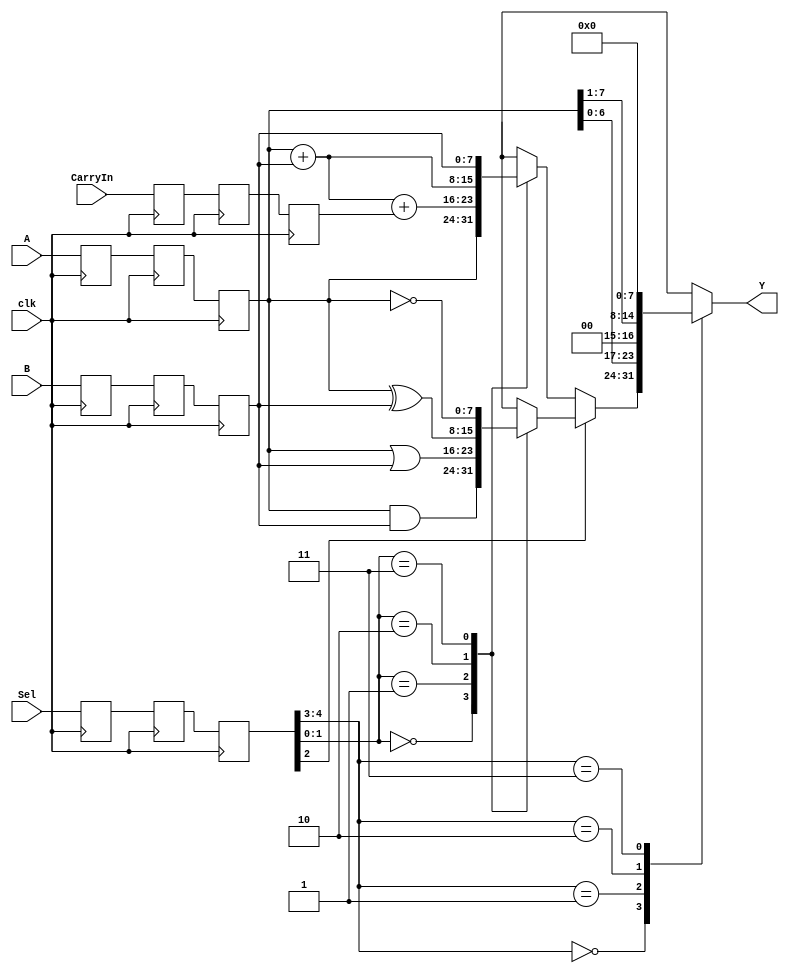
`timescale 1ns / 100ps
module alu #(
//**************************************************************
 //			parameter for selection of airthmatic operations
 //*************************************************************

		parameter 			TransferA		=	2'b00,		
		parameter 			AddC			=	2'b01,
		parameter 			Add				=	2'b10,
		parameter 			TransferB		=	2'b11,
		
//**************************************************************
 //			parameter for selection of logical operations
 //*************************************************************
 
		parameter 			And				=	2'b00,		
		parameter 			Or				=	2'b01,
		parameter 			Xor				=	2'b10,
		parameter 			ComplementA		=	2'b11,

//**************************************************************
 //			parameter for selection of shift operations
 //*************************************************************		
		
	//	parameter 			TransferA		=	2'b00,		
		parameter 			ShiftLeftA		=	2'b01,
		parameter 			ShiftRightA		=	2'b10,
		parameter 			Transfer0s		=	2'b11


)(
 
 //*************************************************************
 //				intereference input and output
 //*************************************************************
		
		input			[7:0]		A,							//input A
		input      		[7:0]		B,							//input B
		input      		[4:0]		Sel,						//sel input for selection of operation
		input      					clk,						//clock input for alu
		input      					CarryIn,					//carry input
		output   reg	[7:0]		Y							//output Y of alu
);



 //*************************************************************
 //				regiter declaration for synchronization
 //*************************************************************
 
		reg				[7:0]		Asynch1,Asynch2,Asynch3;
		reg				[7:0]		Bsynch1,Bsynch2,Bsynch3;
		reg							CarryInsynch1,CarryInsynch2,CarryInsynch3;
		reg				[4:0]		Selsynch1,Selsynch2,Selsynch3;
		
 
 
 
 
  //*************************************************************
 //				synchronizer 
 //*************************************************************

always @(posedge clk) begin

					Asynch1	<=	A;
					Asynch2	<=	Asynch1;
					Asynch3	<=	Asynch2;
					
					Bsynch1	<=	B;
					Bsynch2	<=	Bsynch1;
					Bsynch3	<=	Bsynch2;
					
					Selsynch1	<=	Sel;
					Selsynch2	<=	Selsynch1;
					Selsynch3	<=	Selsynch2;
					
					CarryInsynch1	<=	CarryIn;
					CarryInsynch2	<=	CarryInsynch1;
					CarryInsynch3	<=	CarryInsynch2;
end


 //*************************************************************
 //				ALU Operation
 //*************************************************************
always @(Asynch3 or Bsynch3 or Selsynch3 or CarryInsynch3 ) begin

		case(Selsynch3[4:3])
				
				TransferA	:	begin
		
						if (Selsynch3[2] == 1'b0) begin
		
									case(Selsynch3[1:0])
				
										TransferA	:		Y	<=	Asynch3;	
										AddC		:		Y	<=	Asynch3 + Bsynch3 + CarryInsynch3;	
										Add			:		Y	<=	Asynch3 + Bsynch3;	
										TransferB	:		Y	<=	Bsynch3;	
										default		:		Y	<=  8'hxx;
						
									endcase
				
			
						end
						else begin
					
									case(Selsynch3[1:0])
				
										And			:		Y	<=	Asynch3 & Bsynch3;	
										Or			:		Y	<=	Asynch3 | Bsynch3;
										Xor			:		Y	<=	Asynch3 ^ Bsynch3;
										ComplementA	:		Y	<=	~ Asynch3;
										default		:		Y	<=  8'hxx;
				
									endcase
						end
		
				
					end
				 			
				ShiftLeftA	:		Y	<=	Asynch3 << 1;	
				ShiftRightA	:		Y	<=	Asynch3 >> 1;	
				Transfer0s	:		Y	<=	8'h00;
				default		:		Y	<=  8'hxx;
				
				
				endcase
		
end

endmodule